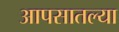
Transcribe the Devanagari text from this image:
आपसातल्या